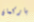
باركمان